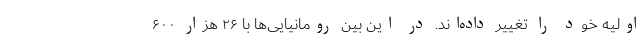
اولیه خود را تغییر داده‌اند. در این بین رومانیایی‌ها با ۲۶ هزار ۶۰۰